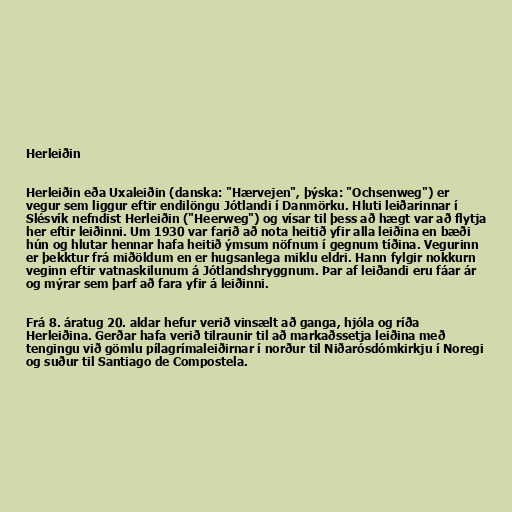
Herleiðin

Herleiðin eða Uxaleiðin (danska: "Hærvejen", þýska: "Ochsenweg") er
vegur sem liggur eftir endilöngu Jótlandi í Danmörku. Hluti leiðarinnar í
Slésvík nefndist Herleiðin ("Heerweg") og vísar til þess að hægt var að flytja
her eftir leiðinni. Um 1930 var farið að nota heitið yfir alla leiðina en bæði
hún og hlutar hennar hafa heitið ýmsum nöfnum í gegnum tíðina. Vegurinn
er þekktur frá miðöldum en er hugsanlega miklu eldri. Hann fylgir nokkurn
veginn eftir vatnaskilunum á Jótlandshryggnum. Þar af leiðandi eru fáar ár
og mýrar sem þarf að fara yfir á leiðinni.

Frá 8. áratug 20. aldar hefur verið vinsælt að ganga, hjóla og ríða
Herleiðina. Gerðar hafa verið tilraunir til að markaðssetja leiðina með
tengingu við gömlu pílagrímaleiðirnar í norður til Niðarósdómkirkju í Noregi
og suður til Santiago de Compostela.